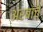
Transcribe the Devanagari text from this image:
अरबांचे